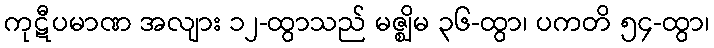
ကုဋီပမာဏ အလျား ၁၂-ထွာသည် မဇ္ဈိမ ၃၆-ထွာ၊ ပကတိ ၅၄-ထွာ၊